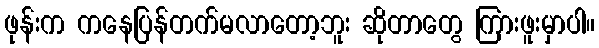
ဖုန်းက ကနေပြန်တက်မလာတော့ဘူး ဆိုတာတွေ ကြားဖူးမှာပါ။